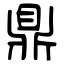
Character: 鼎